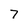
Character: 7